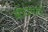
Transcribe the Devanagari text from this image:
सीधेसादे